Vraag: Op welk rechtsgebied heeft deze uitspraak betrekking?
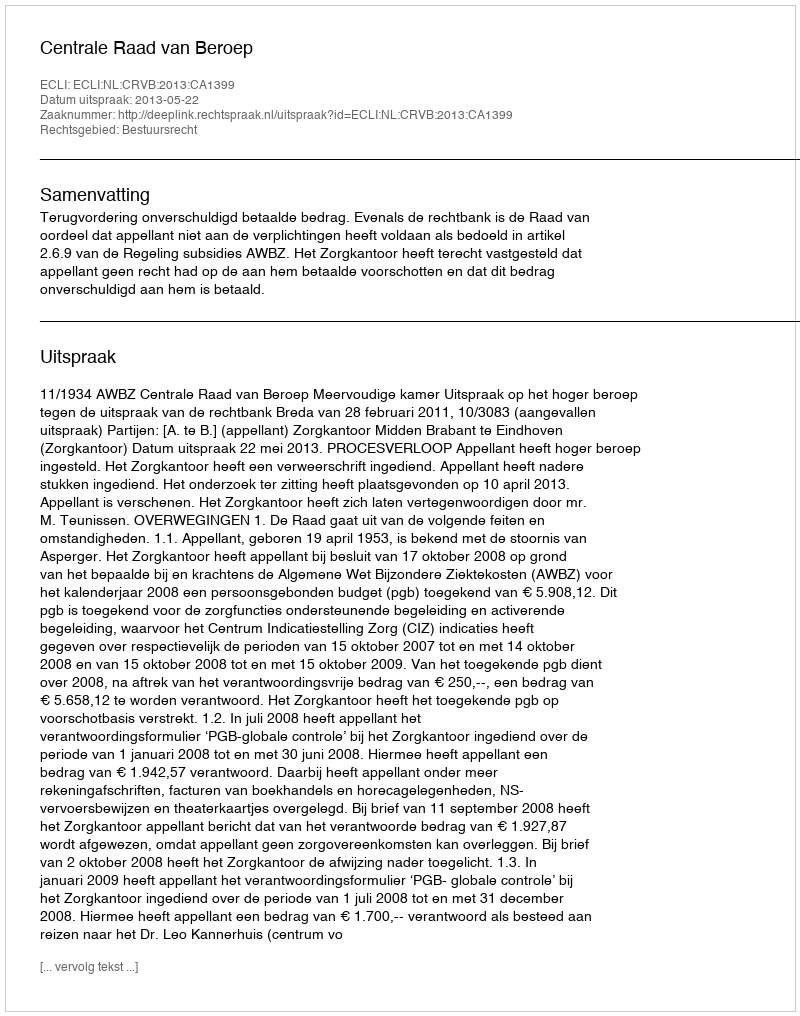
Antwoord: Bestuursrecht